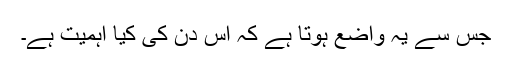
جس سے یہ واضع ہوتا ہے کہ اس دن کی کیا اہمیت ہے۔